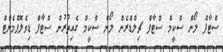
ސްޓާފް ލޯން ސްކީމް ސްޓާފް ޗިލްޑްރެން ލޯން ސްކީމް ގެއިތުރުން ސްޓާފް ޑިވެލޮޕްމެންޓް